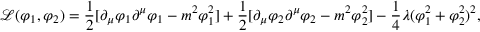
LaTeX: { \mathcal { L } } ( \varphi _ { 1 } , \varphi _ { 2 } ) = { \frac { 1 } { 2 } } [ \partial _ { \mu } \varphi _ { 1 } \partial ^ { \mu } \varphi _ { 1 } - m ^ { 2 } \varphi _ { 1 } ^ { 2 } ] + { \frac { 1 } { 2 } } [ \partial _ { \mu } \varphi _ { 2 } \partial ^ { \mu } \varphi _ { 2 } - m ^ { 2 } \varphi _ { 2 } ^ { 2 } ] - { \frac { 1 } { 4 } } \lambda ( \varphi _ { 1 } ^ { 2 } + \varphi _ { 2 } ^ { 2 } ) ^ { 2 } ,